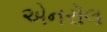
એનરૉલ